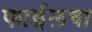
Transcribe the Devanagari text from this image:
फाईलचा